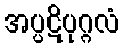
အပ္ပဋိပုဂ္ဂလံ